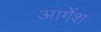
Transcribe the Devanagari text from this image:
आर्गेश